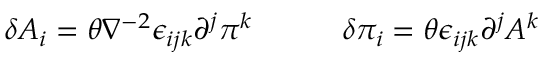
\delta A _ { i } = \theta \nabla ^ { - 2 } \epsilon _ { i j k } \partial ^ { j } \pi ^ { k } \quad \qquad \delta \pi _ { i } = \theta \epsilon _ { i j k } \partial ^ { j } A ^ { k }